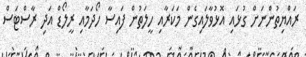
ރައްޔިތުންނަށް ގުޅައި އޮޅުވާލައިގެން މަކަރާއި ހީލަތުން ފައިސާ ހޯދަމާއި ރީލޯޑް އަދި ރާސްޓަސް